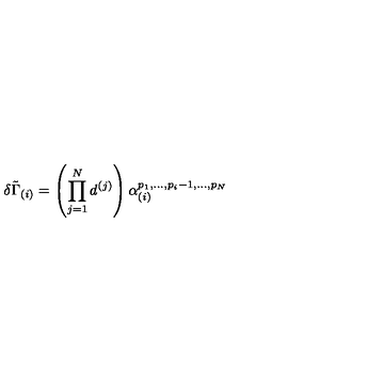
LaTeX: \delta { \tilde { \Gamma } } _ { ( i ) } = \left( \prod _ { j = 1 } ^ { N } d ^ { ( j ) } \right) \alpha _ { ( i ) } ^ { p _ { 1 } , . . . , p _ { i } - 1 , . . . , p _ { N } }